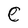
Character: C